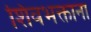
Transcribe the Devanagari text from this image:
शिवभक्ताना